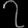
Digit: ၇